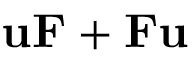
\mathbf { u } \mathbf { F } + \mathbf { F } \mathbf { u }